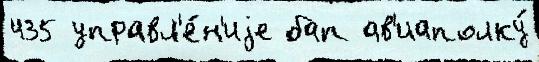
435 управл'е́н'иjе бап ав'иаполку́